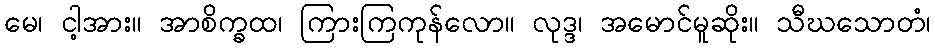
မေ၊ ငါ့အား။ အာစိက္ခထ၊ ကြားကြကုန်လော။ လုဒ္ဒ၊ အမောင်မူဆိုး။ သီဃသောတံ၊